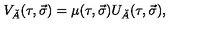
V _ { \check { A } } ( \tau , \vec { \sigma } ) = \mu ( \tau , \vec { \sigma } ) U _ { \check { A } } ( \tau , \vec { \sigma } ) ,